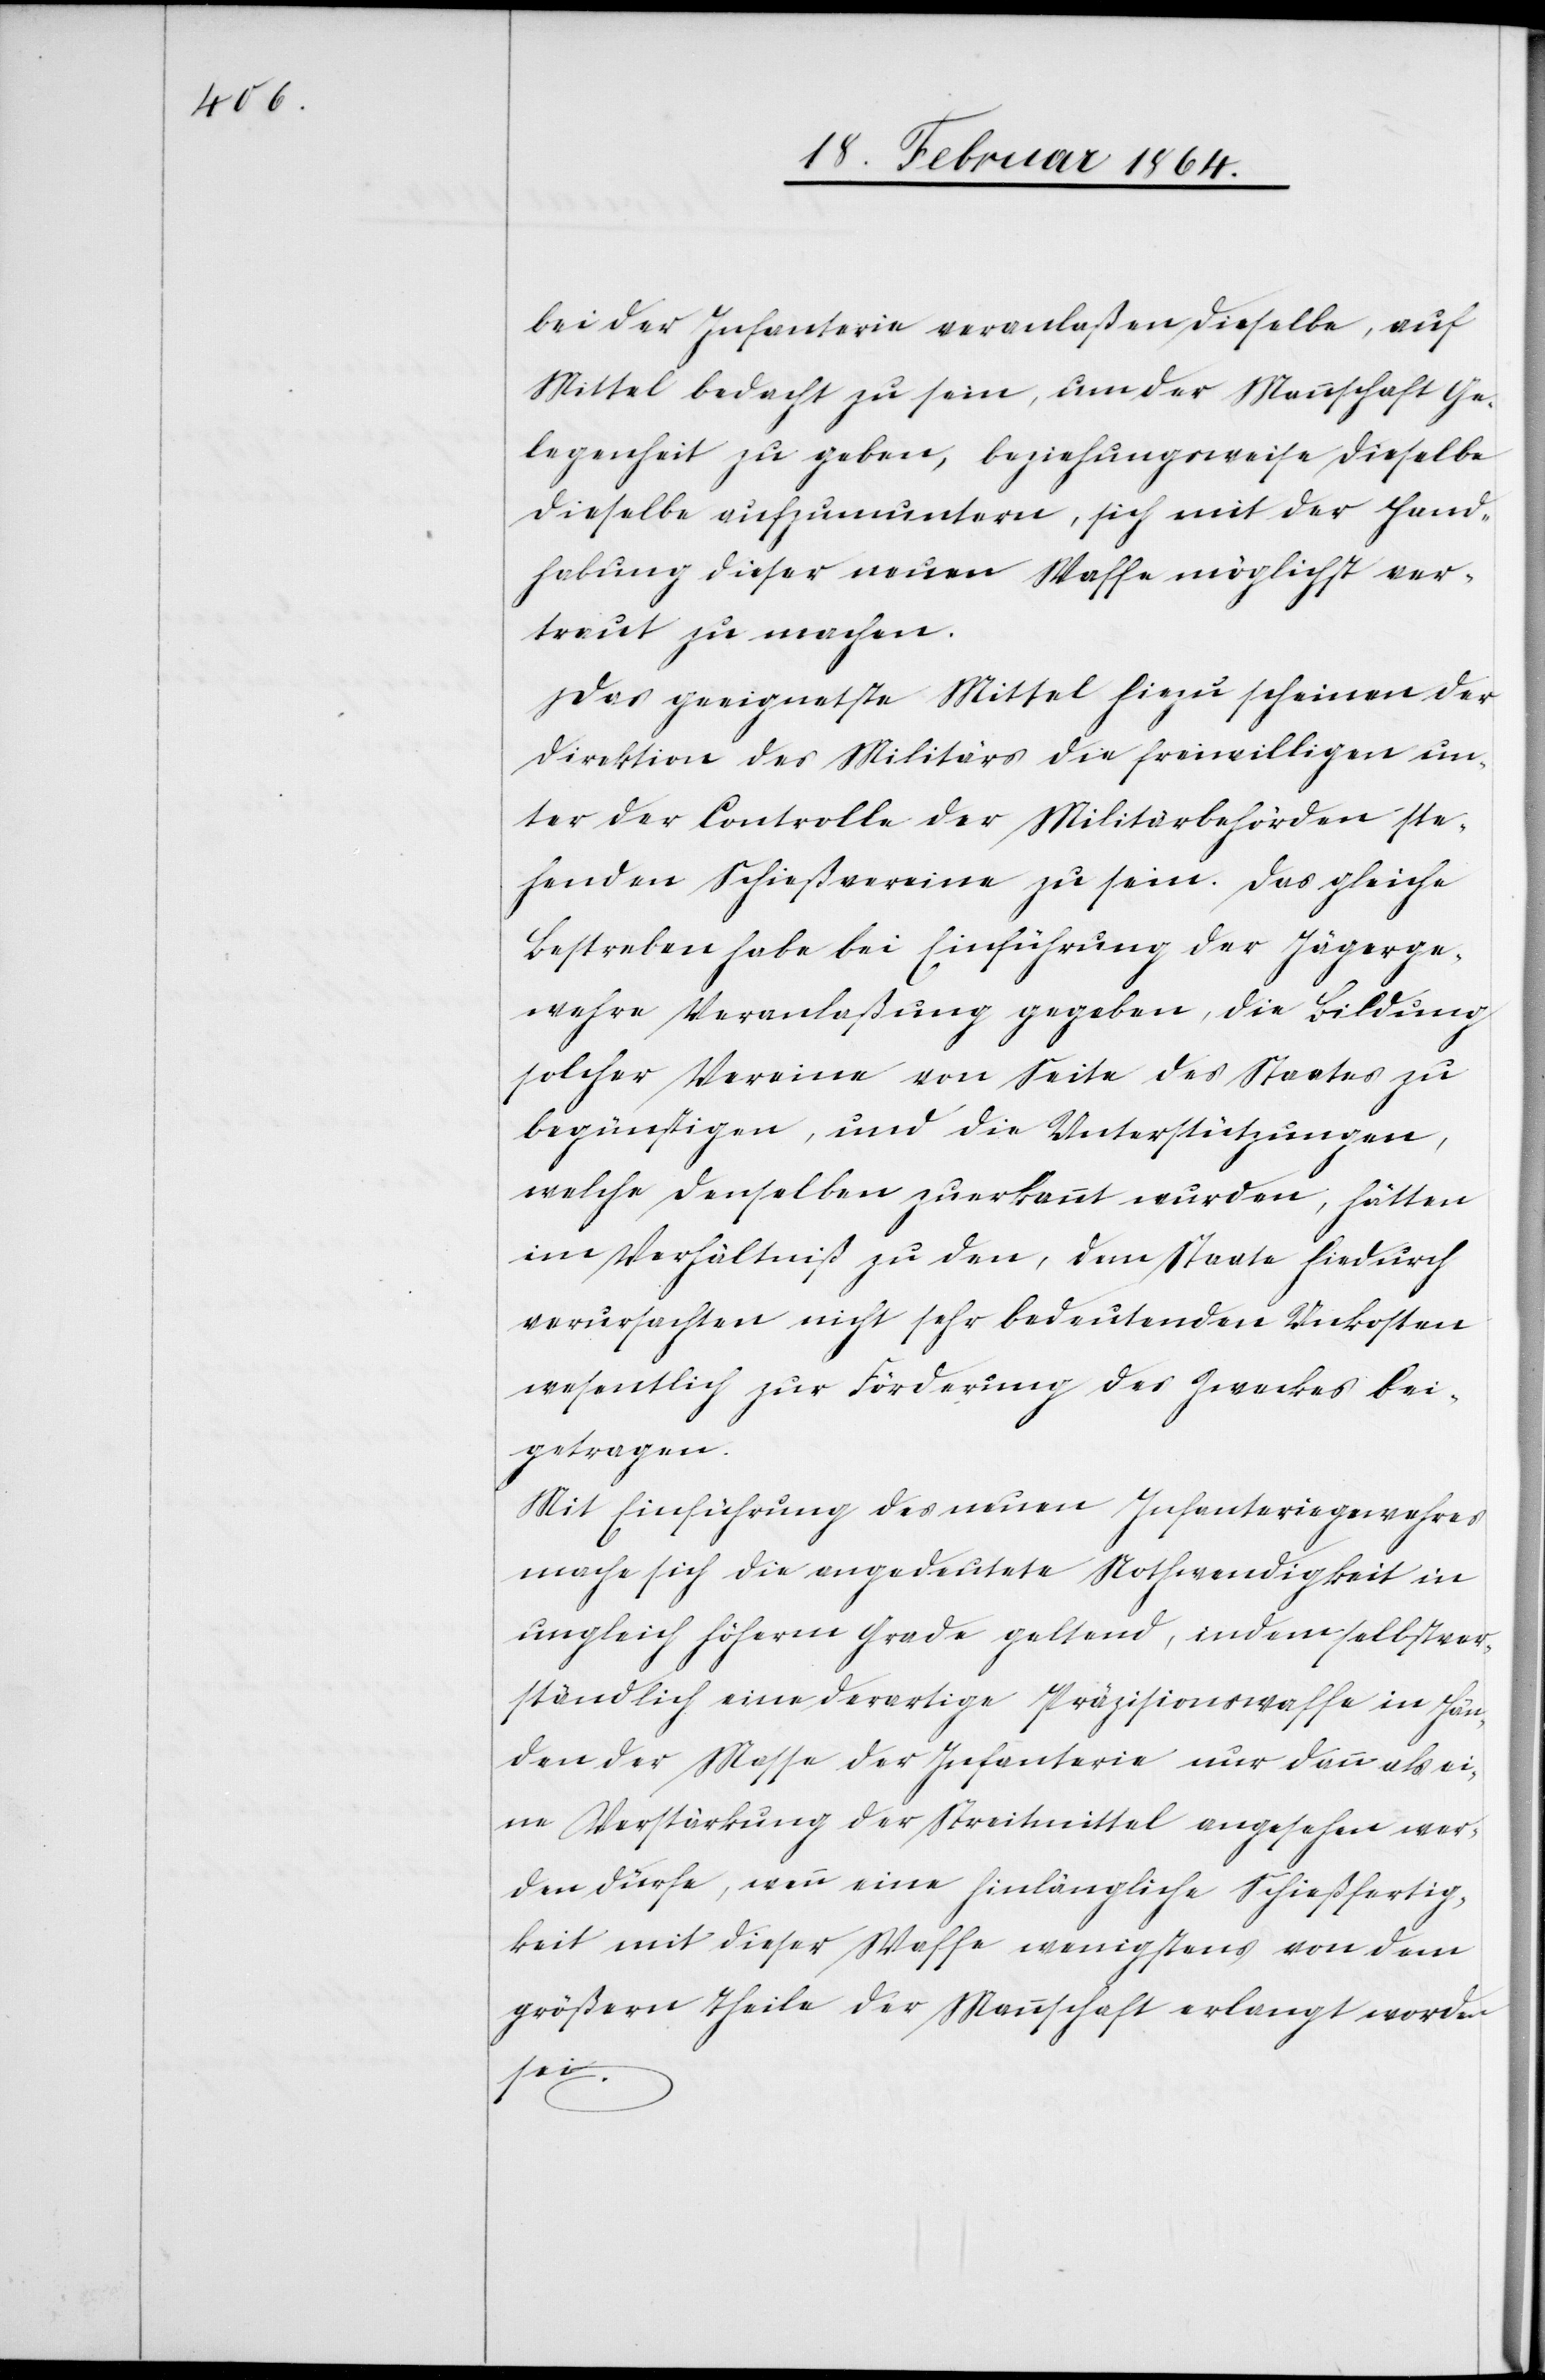
bei der Infanterie veranlaßen dieselbe, auf
Mittel bedacht zu sein, um der Mannschaft Ge¬
legenheit zu geben, beziehungsweise dieselbe
dieselbe [sic!] aufzumuntern, sich mit der Hand¬
habung dieser neuen Waffe möglichst ver¬
traut zu machen.
Das geeignetste Mittel hiezu scheinen der
Direktion des Militärs die freiwilligen un¬
ter der Controlle der Militärbehörden ste¬
henden Schießvereine zu sein. Das gleiche
Bestreben habe bei Einführung der Jägerge¬
wehre Veranlaßung gegeben, die Bildung
solcher Vereine von Seite des Staates zu
begünstigen, und die Unterstützungen,
welche denselben zuerkannt wurden, hätten
im Verhältniß zu den, dem Staate hiedurch
verursachten nicht sehr bedeutenden Unkosten
wesentlich zur Förderung des Zweckes bei¬
getragen.
Mit Einführung des neuen Infanteriegewehres
mache sich die angedeutete Nothwendigkeit in
ungleich höherm Grade geltend, indem selbstver¬
ständlich eine derartige Präzisionswaffe in Hän¬
den der Masse der Infanterie nur dann als ei¬
ne Verstärkung der Streitmittel angesehen wer¬
den dürfe, wenn eine hinlängliche Schießfertig¬
keit mit dieser Waffe wenigstens von dem
größern Theile der Mannschaft erlangt worden
sei.